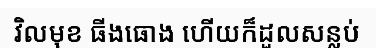
វិលមុខ ធីងធោង ហើយក៏ដួលសន្លប់